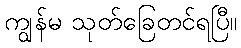
ကျွန်မ သုတ်ခြေတင်ရပြီ။